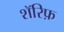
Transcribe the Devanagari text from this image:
शॅरिफ़